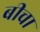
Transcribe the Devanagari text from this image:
बीचा